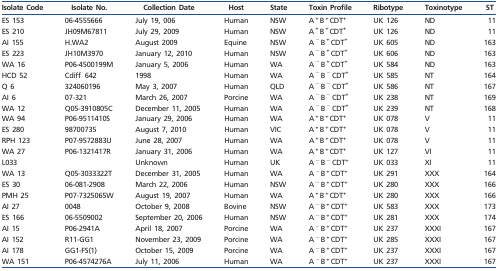
<table><thead><tr><td><b>Isolate Code</b></td><td><b>Isolate No.</b></td><td><b>Collection Date</b></td><td><b>Host</b></td><td><b>State</b></td><td><b>Toxin Profile</b></td><td><b>Ribotype</b></td><td><b>Toxinotype</b></td><td><b>ST</b></td></tr></thead><tbody><tr><td>ES 153</td><td>06-4555666</td><td>July 19, 006</td><td>Human</td><td>NSW</td><td>A <sup>+</sup> B <sup>+</sup> CDT<sup>+</sup></td><td>UK 126</td><td>ND</td><td>11</td></tr><tr><td>ES 210</td><td>JH09M67811</td><td>July 29, 2009</td><td>Human</td><td>NSW</td><td>A <sup>+</sup> B <sup>+</sup> CDT<sup>+</sup></td><td>UK 126</td><td>ND</td><td>11</td></tr><tr><td>AI 155</td><td>H.WA2</td><td>August 2009</td><td>Equine</td><td>NSW</td><td>A <sup>−</sup> B <sup>+</sup> CDT<sup>+</sup></td><td>UK 605</td><td>ND</td><td>163</td></tr><tr><td>ES 223</td><td>JH10M3970</td><td>January 12, 2010</td><td>Human</td><td>NSW</td><td>A <sup>−</sup> B <sup>+</sup> CDT<sup>+</sup></td><td>UK 606</td><td>ND</td><td>163</td></tr><tr><td>WA 16</td><td>P06-4500199M</td><td>January 5, 2006</td><td>Human</td><td>WA</td><td>A <sup>−</sup> B <sup>+</sup> CDT<sup>+</sup></td><td>UK 584</td><td>ND</td><td>163</td></tr><tr><td>HCD 52</td><td>Cdiff 642</td><td>1998</td><td>Human</td><td>WA</td><td>A <sup>−</sup> B <sup>−</sup> CDT<sup>+</sup></td><td>UK 585</td><td>NT</td><td>164</td></tr><tr><td>Q 6</td><td>324060196</td><td>May 3, 2007</td><td>Human</td><td>QLD</td><td>A <sup>−</sup> B <sup>−</sup> CDT<sup>+</sup></td><td>UK 586</td><td>NT</td><td>167</td></tr><tr><td>AI 6</td><td>07-321</td><td>March 26, 2007</td><td>Porcine</td><td>WA</td><td>A <sup>−</sup> B <sup>−</sup> CDT<sup>+</sup></td><td>UK 238</td><td>NT</td><td>169</td></tr><tr><td>WA 12</td><td>Q05-3910805C</td><td>December 11, 2005</td><td>Human</td><td>WA</td><td>A <sup>−</sup> B <sup>−</sup> CDT<sup>+</sup></td><td>UK 239</td><td>NT</td><td>168</td></tr><tr><td>WA 94</td><td>P06-9511410S</td><td>January 29, 2006</td><td>Human</td><td>WA</td><td>A <sup>+</sup> B <sup>+</sup> CDT<sup>+</sup></td><td>UK 078</td><td>V</td><td>11</td></tr><tr><td>ES 280</td><td>98700735</td><td>August 7, 2010</td><td>Human</td><td>VIC</td><td>A <sup>+</sup> B <sup>+</sup> CDT<sup>+</sup></td><td>UK 078</td><td>V</td><td>11</td></tr><tr><td>RPH 123</td><td>P07-9572883U</td><td>June 28, 2007</td><td>Human</td><td>WA</td><td>A <sup>+</sup> B <sup>+</sup> CDT<sup>+</sup></td><td>UK 078</td><td>V</td><td>11</td></tr><tr><td>WA 27</td><td>P06-1321417R</td><td>January 31, 2006</td><td>Human</td><td>WA</td><td>A <sup>+</sup> B <sup>+</sup> CDT<sup>+</sup></td><td>UK 127</td><td>VI</td><td>11</td></tr><tr><td>L033</td><td></td><td>Unknown</td><td>Human</td><td>UK</td><td>A <sup>−</sup> B <sup>−</sup> CDT<sup>+</sup></td><td>UK 033</td><td>XI</td><td>11</td></tr><tr><td>WA 13</td><td>Q05-3033322T</td><td>December 31, 2005</td><td>Human</td><td>WA</td><td>A <sup>−</sup> B <sup>+</sup> CDT<sup>+</sup></td><td>UK 291</td><td>XXX</td><td>164</td></tr><tr><td>ES 30</td><td>06-081-2908</td><td>March 22, 2006</td><td>Human</td><td>NSW</td><td>A <sup>−</sup> B <sup>+</sup> CDT<sup>+</sup></td><td>UK 280</td><td>XXX</td><td>166</td></tr><tr><td>PMH 25</td><td>P07-7325065W</td><td>August 19, 2007</td><td>Human</td><td>WA</td><td>A <sup>+</sup> B <sup>+</sup> CDT<sup>+</sup></td><td>UK 280</td><td>XXX</td><td>166</td></tr><tr><td>AI 27</td><td>0048</td><td>October 9, 2008</td><td>Bovine</td><td>NSW</td><td>A <sup>−</sup> B <sup>+</sup> CDT<sup>+</sup></td><td>UK 583</td><td>XXX</td><td>173</td></tr><tr><td>ES 166</td><td>06-5509002</td><td>September 20, 2006</td><td>Human</td><td>NSW</td><td>A <sup>−</sup> B <sup>+</sup> CDT<sup>+</sup></td><td>UK 281</td><td>XXX</td><td>174</td></tr><tr><td>AI 15</td><td>P06-2941A</td><td>April 18, 2007</td><td>Porcine</td><td>WA</td><td>A <sup>−</sup> B <sup>+</sup> CDT<sup>+</sup></td><td>UK 237</td><td>XXXI</td><td>167</td></tr><tr><td>AI 152</td><td>R11-GG1</td><td>November 23, 2009</td><td>Porcine</td><td>WA</td><td>A <sup>−</sup> B <sup>+</sup> CDT<sup>+</sup></td><td>UK 285</td><td>XXXI</td><td>167</td></tr><tr><td>AI 178</td><td>GG1-FS(1)</td><td>October 15, 2009</td><td>Porcine</td><td>WA</td><td>A <sup>−</sup> B <sup>+</sup> CDT<sup>+</sup></td><td>UK 237</td><td>XXXI</td><td>167</td></tr><tr><td>WA 151</td><td>P06-4574276A</td><td>July 11, 2006</td><td>Human</td><td>WA</td><td>A <sup>−</sup> B <sup>+</sup> CDT<sup>+</sup></td><td>UK 237</td><td>XXXI</td><td>167</td></tr></tbody></table>